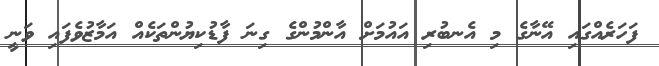
ފަހަރެއްގައި އޭނާގެ މި އެނބުރި އައުމަށް އާންމުންގެ ގިނަ ފާޑުކިޔުންތަކެއް އަމާޒުވެފައި ވަނީ